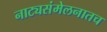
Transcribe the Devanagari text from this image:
नाट्यसंमेलनातच